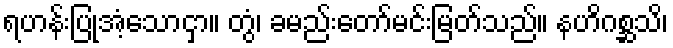
ရဟန်းပြုအံ့သောငှာ။ တွံ၊ ခမည်းတော်မင်းမြတ်သည်။ နဟိဂစ္ဆသိ၊